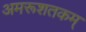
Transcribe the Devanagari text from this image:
अमरूशतकम्